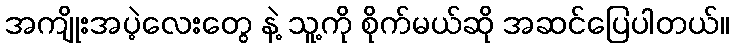
အကျိုးအပဲ့လေးတွေ နဲ့ သူ့ကို စိုက်မယ်ဆို အဆင်ပြေပါတယ်။